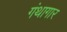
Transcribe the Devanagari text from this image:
गंथागार